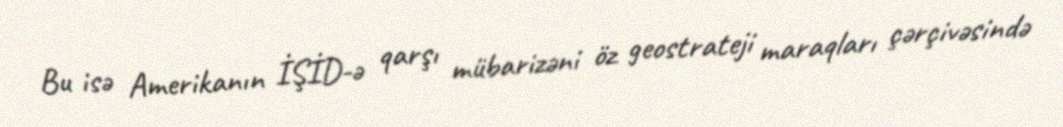
Bu isə Amerikanın İŞİD-ə qarşı mübarizəni öz geostrateji maraqları çərçivəsində